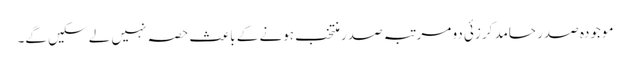
موجودہ صدر حامد کرزئی دو مرتبہ صدر منتخب ہونے کے باعث حصہ نہیں لے سکیں گے۔